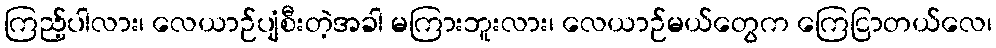
ကြည့်ပါလား၊ လေယာဉ်ပျံစီးတဲ့အခါ မကြားဘူးလား၊ လေယာဉ်မယ်တွေက ကြေငြာတယ်လေ၊